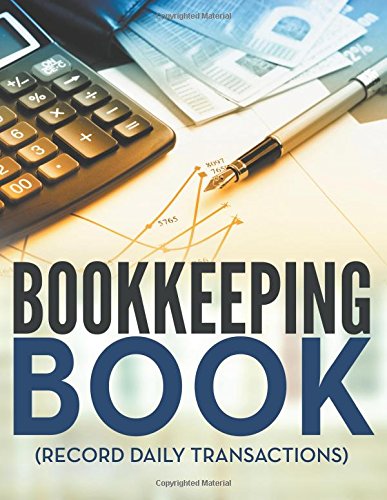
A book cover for Bookkeeping Book (Record Daily Transactions); Speedy Publishing LLC; Business & Money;